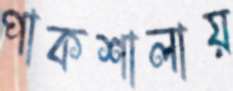
পাকশালায়